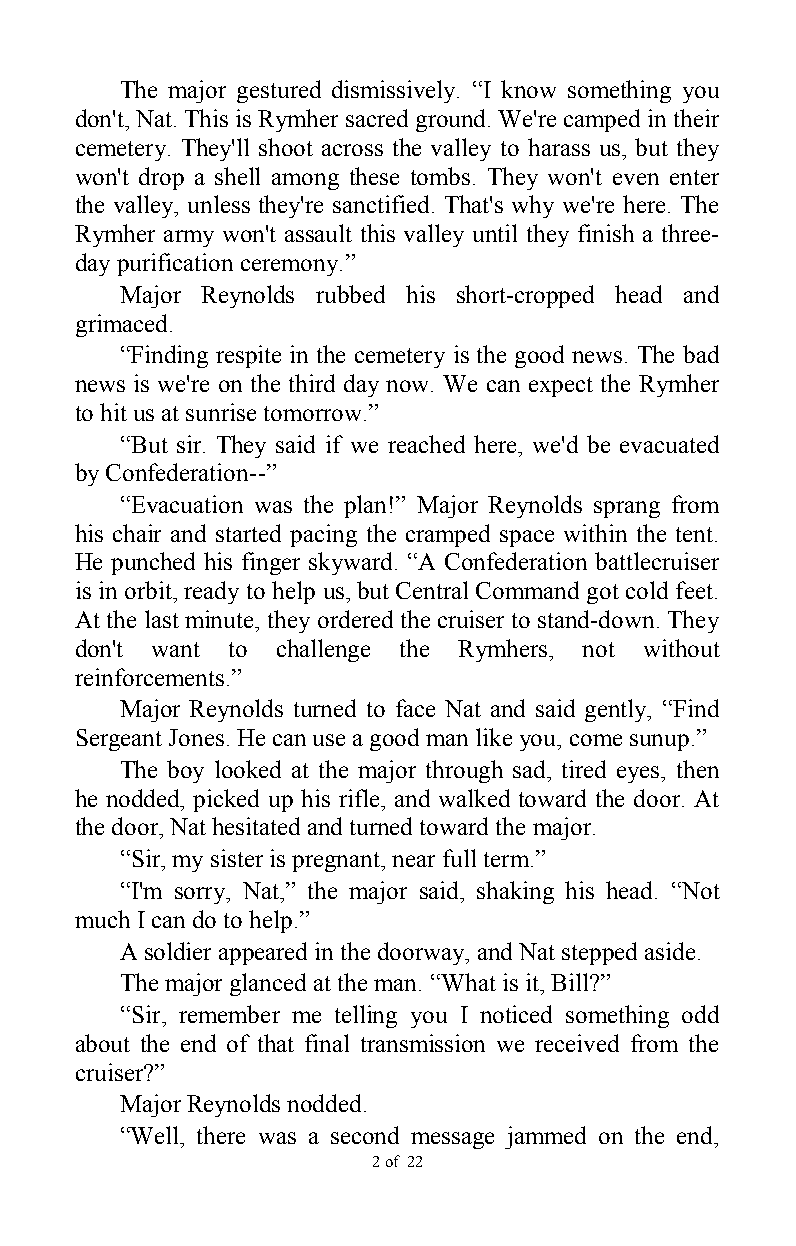
The major gestured dismissively. “I know something you
 don't, Nat. This is Rymher sacred ground. We're camped in their
 cemetery. They'll shoot across the valley to harass us, but they
 won't drop a shell among these tombs. They won't even enter
 the valley, unless they're sanctified. That's why we're here. The
 Rymher army won't assault this valley until they finish a three-
 day purification ceremony.”
 Major Reynolds rubbed his short-cropped head and
 grimaced.
 “Finding respite in the cemetery is the good news. The bad
 news is we're on the third day now. We can expect the Rymher
 to hit us at sunrise tomorrow.”
 “But sir. They said if we reached here, we'd be evacuated
 by Confederation--”
 “Evacuation was the plan!” Major Reynolds sprang from
 his chair and started pacing the cramped space within the tent.
 He punched his finger skyward. “A Confederation battlecruiser
 is in orbit, ready to help us, but Central Command got cold feet.
 At the last minute, they ordered the cruiser to stand-down. They
 don't want to challenge the Rymhers, not without
 reinforcements.”
 Major Reynolds turned to face Nat and said gently, “Find
 Sergeant Jones. He can use a good man like you, come sunup.”
 The boy looked at the major through sad, tired eyes, then
 he nodded, picked up his rifle, and walked toward the door. At
 the door, Nat hesitated and turned toward the major.
 “Sir, my sister is pregnant, near full term.”
 “I'm sorry, Nat,” the major said, shaking his head. “Not
 much I can do to help.”
 A soldier appeared in the doorway, and Nat stepped aside.
 The major glanced at the man. “What is it, Bill?”
 “Sir, remember me telling you I noticed something odd
 about the end of that final transmission we received from the
 cruiser?”
 Major Reynolds nodded.
 “Well, there was a second message jammed on the end,
 2 of 22